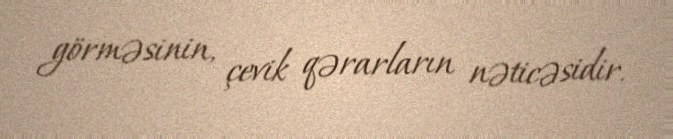
görməsinin, çevik qərarların nəticəsidir.